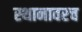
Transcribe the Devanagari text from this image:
स्थानावरच